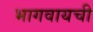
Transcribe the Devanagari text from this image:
भागवायची